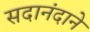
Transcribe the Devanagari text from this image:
सदानंदाने